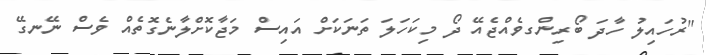
"ރުހައިލު ހާދަ ބޯރިންގވެއްޖެއޭ ދޯ މިކަހަލަ ތަނަކަށް އައިސް މަޖާކޮށްލާނެގޮތެއް ވެސް ނޭނގޭ